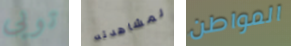
توبى لمشاهدته المواطن